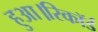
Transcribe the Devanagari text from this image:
हुआ।रिकॉर्ड